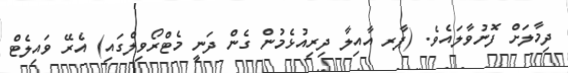
ދިމާލަށް ފޮނުވާލައެވެ. (ޕާރ އާއިލާ ދިރިއުޅެމުން ގެން ދަނީ މެޓްރޯވިލްގައި) އެރޭ ވައިލެޓް